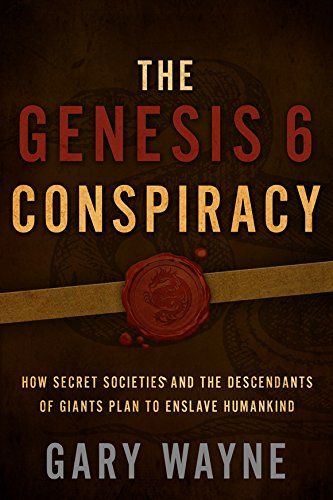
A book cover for The Genesis 6 Conspiracy: How Secret Societies and the Descendants of Giants Plan to Enslave Humankind; Gary Wayne; Christian Books & Bibles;